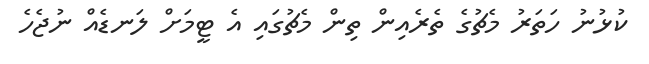
ކުޅުނު ހަތަރު މެޗުގެ ތެރެއިން ތިން މެޗުގައި އެ ޓީމަށް ލަނޑެއް ނުޖެހެ